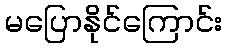
မပြောနိုင်ကြောင်း